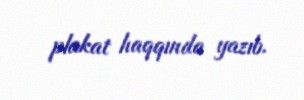
plakat haqqında yazıb.